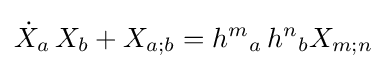
{\dot {X}}_{a}\,X_{b}+X_{a;b}={h^{m}}_{a}\,{h^{n}}_{b}X_{m;n}